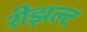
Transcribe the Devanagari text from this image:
रीझल्ट